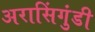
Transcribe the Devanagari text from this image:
अरासिंगुंडी